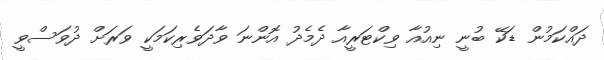
ދައްކަމުން ޑަކޭ ބުނީ ނިއުއާ ވިކްޓަރީއާ ދެމެދު އޮންނަ ވާދަވެރިކަމަކީ ވަރަށް ދުވަސްވީ